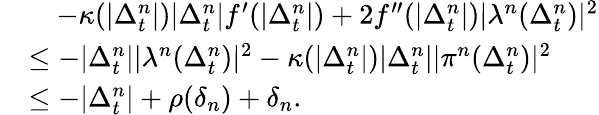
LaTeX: \begin{array}{rl}&{\quad-\kappa(|\Delta_{t}^{n}|)|\Delta_{t}^{n}|f^{\prime}(|\Delta_{t}^{n}|)+2f^{\prime\prime}(|\Delta_{t}^{n}|)\vert\lambda^{n}(\Delta_{t}^{n})\vert^{2}}\\ &{\le-|\Delta_{t}^{n}|\vert\lambda^{n}(\Delta_{t}^{n})\vert^{2}-\kappa(|\Delta_{t}^{n}|)|\Delta_{t}^{n}|\vert\pi^{n}(\Delta_{t}^{n})\vert^{2}}\\ &{\le-|\Delta_{t}^{n}|+\rho(\delta_{n})+\delta_{n}.}\end{array}